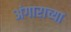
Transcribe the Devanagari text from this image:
अंगाराच्या